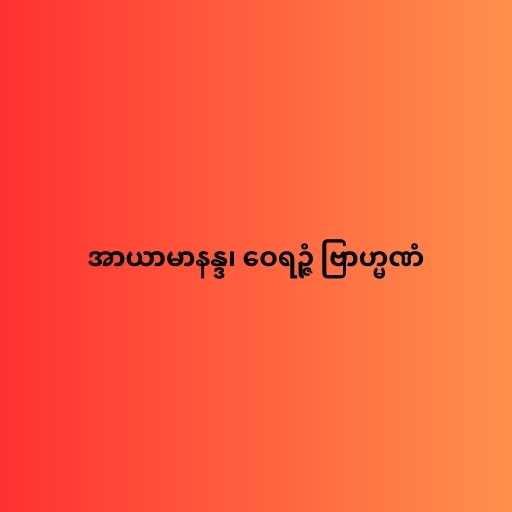
အာယာမာနန္ဒ၊ ဝေရဉ္ဇံ ဗြာဟ္မဏံ